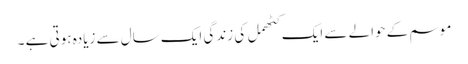
موسم کے حوالے سے ایک کٹھمل کی زندگی ایک سال سے زیادہ ہوتی ہے ۔